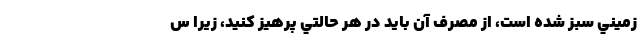
زميني سبز شده است، از مصرف آن بايد در هر حالتي پرهيز كنيد، زيرا س